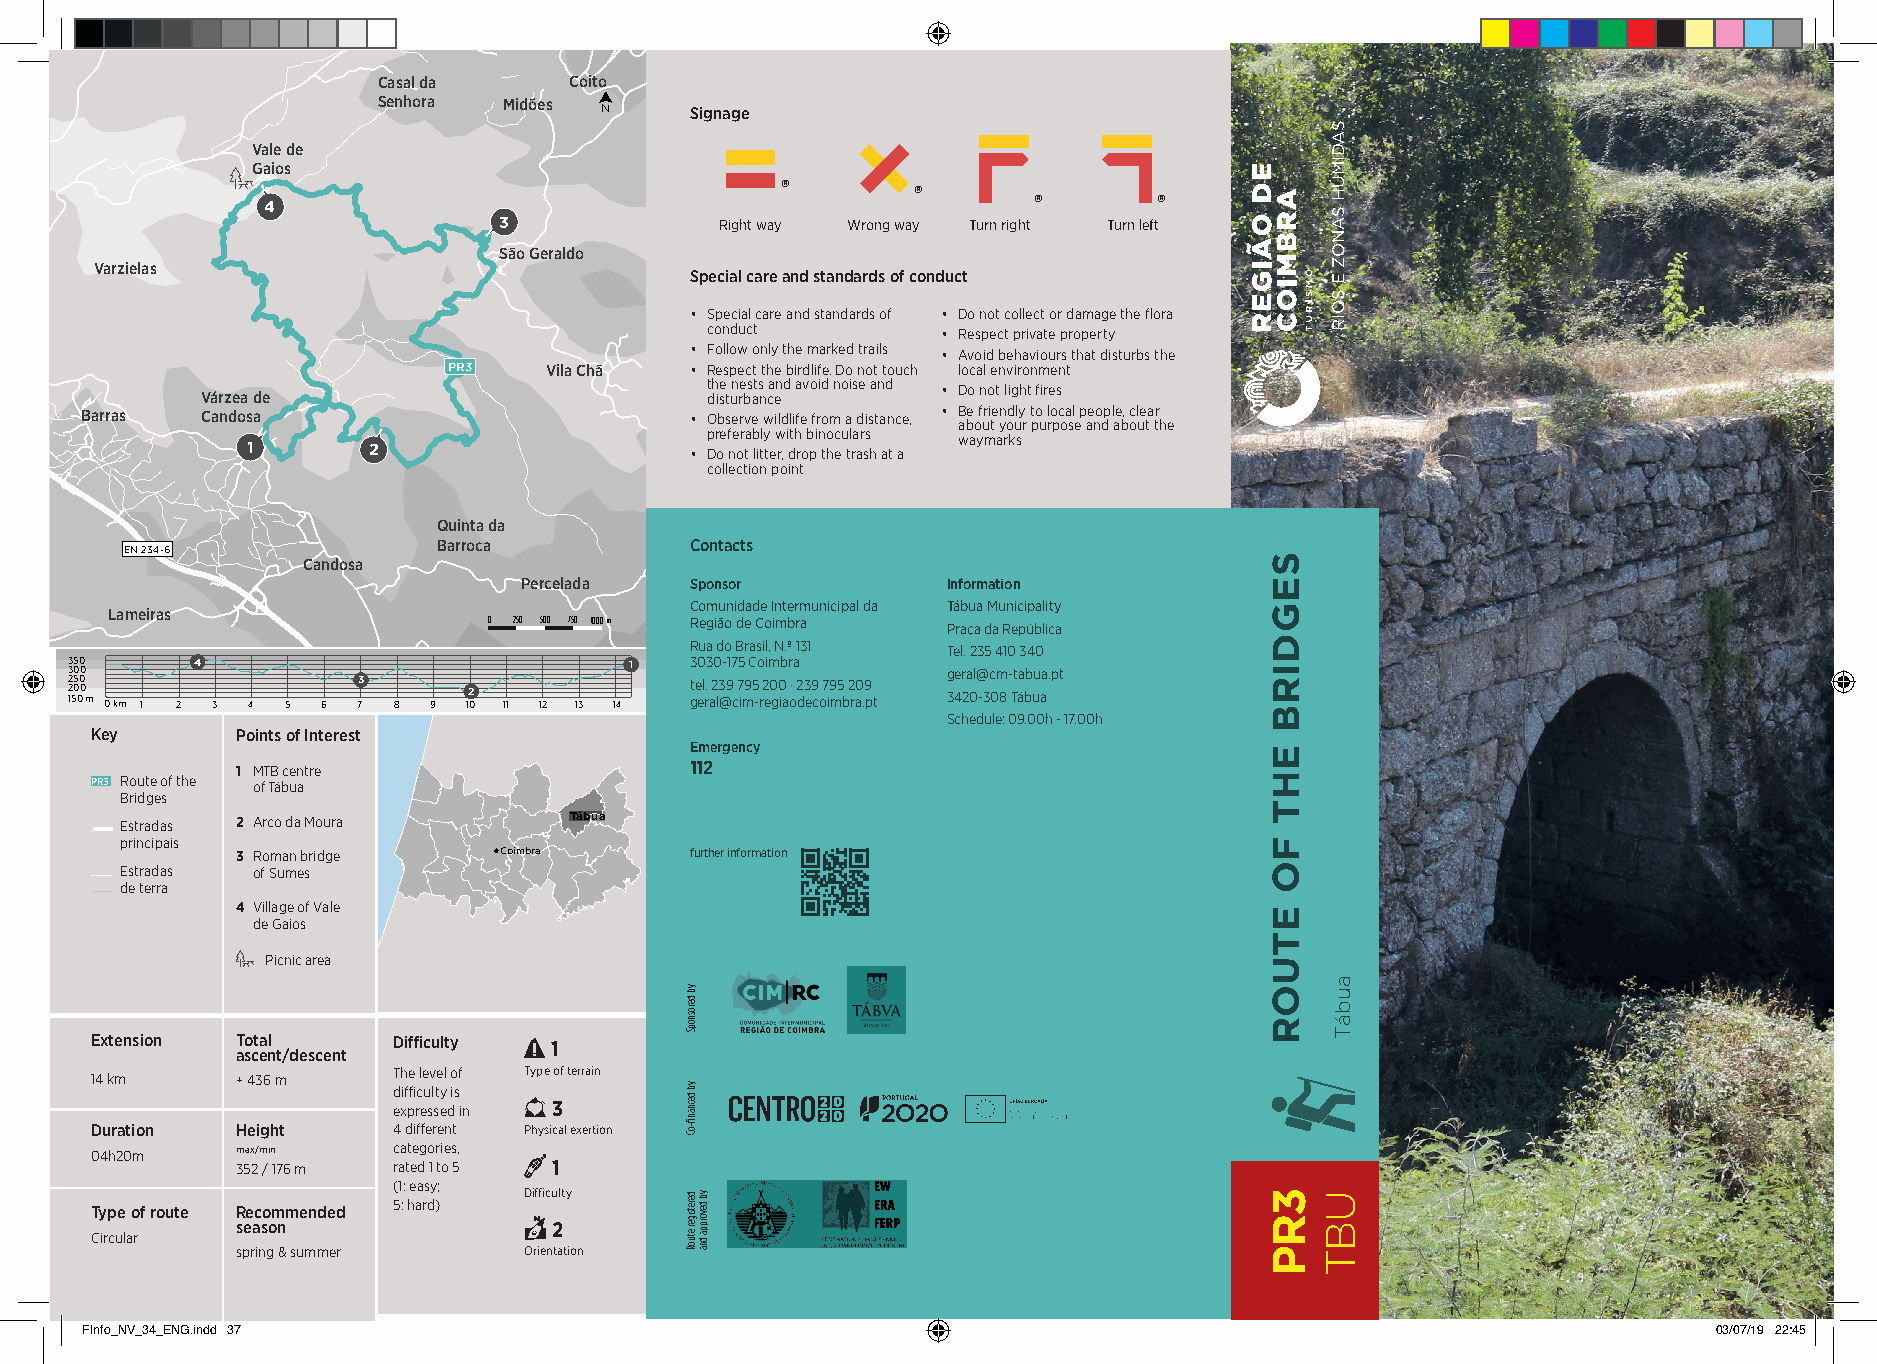
Casal da     Coito
 Senhora Midões
 Signage
 Vale de
 Gaios
 ®        ®
 4                                                  ®        ®
 3              Right way Wrong way Turn right Turn left
 São Geraldo
 Varzielas
 Special care and standards of conduct
 • Special care and standards of • Do not collect or damage the flora
 conduct        • Respect private property
 • Follow only the marked trails • Avoid behaviours that disturbs the
 PR3   Vila Chã  • Respect the birdlife. Do not touch local environment
 the nests and avoid noise and • Do not light fires
 Várzea de                         disturbance
 Barras  Candosa                          • Observe wildlife from a distance, • B abe o f uri te yn od uly r t po u l ro pc oa sl e p ae no dp l ae b, ocl ue ta tr h e
 1       2                     • p Dr oe f ne or ta b litly te w r, i dth ro b pin to hc eu tl ra ar ss h at a waymarks
 collection point
 Quinta da
 EN 234-6             Barroca          Contacts
 Candosa
 Percelada   Sponsor          Information
 Comunidade Intermunicipal da Tábua Municipality
 Lameiras
 0 250 500 750 1000 m Região de Coimbra Praça da República
 Rua do Brasil, N.º 131 Tel. 235 410 340
 3 3 2 12 555 0 0 000 0 0 m 0 km 1 2 4 3 4 5 6 73 8 9 12 0 11 12 13 14 1 3 t ge0 el. r3 a20 l3 @- 917 c 75 im9 C 5 -o r2 eim 0 g0 ib a r o·a 2 d3 e9 c o7 i9 m5 b 2 ra0 .9 p t g 34er 2a 0l@ -3c 0m 8 - Tt áa bb uu aa.pt
 Schedule: 09.00h - 17.00h
 Key       Points of Interest
 Emergency
 1 MTB centre                  112
 PR3 Route of the of Tábua
 Bridges
 Estradas 2 Arco da Moura      Tábua
 principais
 3 Roman bridge   Coimbra      further information
 Estradas of Sumes
 de terra
 4 Village of Vale
 de Gaios
 Picnic area
 Extension Total     Difficulty 1
 ascent/descent
 14 km     + 436 m   The level of Type of terrain
 difficulty is
 expressed in 3
 Duration  Height    4 different Physical exertion
 04h20m    max/min   categories,
 352 / 176 m rated 1 to 5 1
 (1: easy;
 Difficulty
 5: hard) Type of route Recommended
 season               2
 Circular
 spring & summer    Orientation
 FInfo_NV_34_ENG.indd 37                                                                                      03/07/19 22:45
 yb
 derosnopS
 yb
 decnanfi-oC
 deretsiger
 etuoR
 yb
 devorppa
 dna
 SEGDIRB
 EHT
 FO
 ETUOR
 3RP
 SADIMÚH
 SANOZ
 E
 SOIR
 aubáT
 UBT